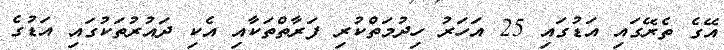
އޭގެ ތެރޭގައި އަޑުގައި 25 އަހަރު ހިދުމަތްކުރި ފަރާތްތަކާއި އެކި ދައުރުތަކުގައި އަޑުގެ